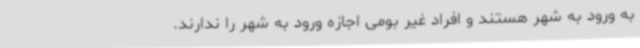
به ورود به شهر هستند و افراد غیر بومی اجازه ورود به شهر را ندارند.